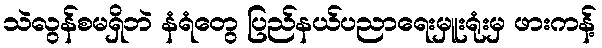
သဲလွန်စမရှိဘဲ နံရံတွေ ပြည်နယ်ပညာရေးမှူးရုံးမှ ဖားကန့်